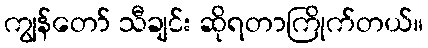
ကျွန်တော် သီချင်း ဆိုရတာကြိုက်တယ်။